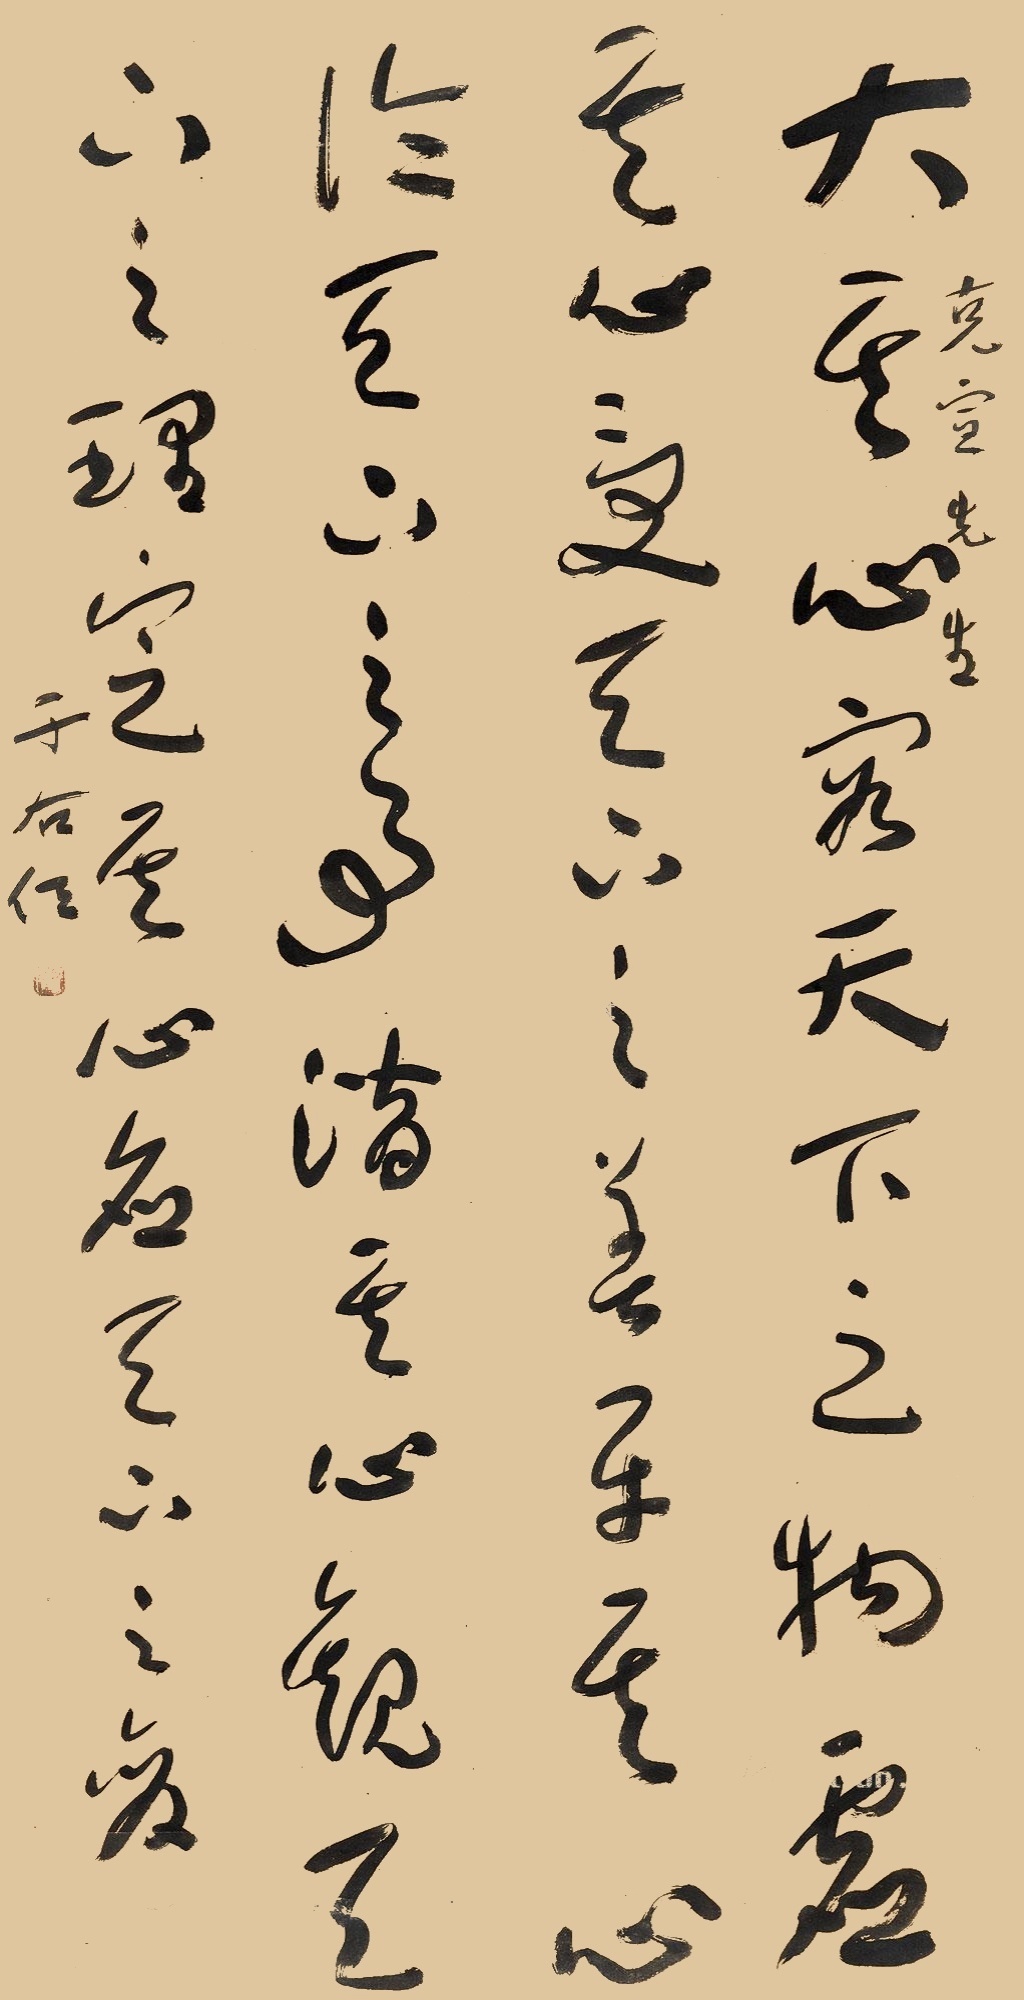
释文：大其心容天下之物，虚其心受天下之善，平其心论天下之事，潜其心观天下之理，定其心应天下之变。克宣先生，于右任。